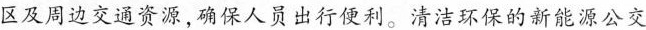
区及周边交通资源,确保人员出行便利。清洁环保的新能源公交